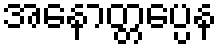
အနောတ္တပ္ပေန